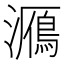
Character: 𤂮